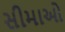
સીમાઓ